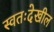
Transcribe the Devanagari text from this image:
स्वतःदेखील